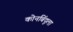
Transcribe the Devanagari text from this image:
कोनबिंदूला